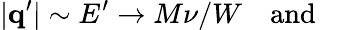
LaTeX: |{\mathbf{q^{\prime}}}|\sim E^{\prime}\rightarrow M\nu/W~~~~{\mathrm{and}}~~~